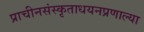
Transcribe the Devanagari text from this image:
प्राचीनसंस्कृताधयनप्रणाल्या